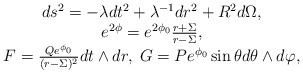
\begin{align*}\begin{array}{c}ds^2 = -\lambda dt^2 + \lambda^{-1} dr^2 + R^2 d\Omega, \\e^{2\phi} = e^{2\phi_0} \frac{r+\Sigma}{r-\Sigma}, \\F = \frac{Qe^{\phi_0}}{(r-\Sigma)^2} dt \wedge dr,\; G=Pe^{\phi_0}\sin \theta d\theta \wedge d\varphi, \end{array}\end{align*}